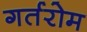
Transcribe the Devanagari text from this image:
गर्तरोम